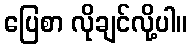
ပြေစာ လိုချင်လို့ပါ။